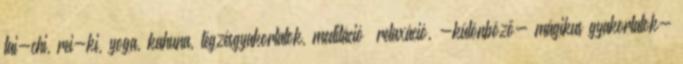
tai-chi, rei-ki, yoga, kahuna, légzésgyakorlatok, meditáció relaxáció, -különböző- mágikus gyakorlatok-